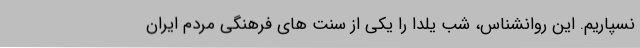
نسپاریم. این روانشناس، شب یلدا را یکی از سنت های فرهنگی مردم ایران